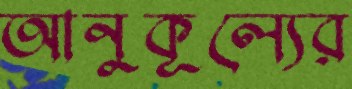
আনুকূল্যের